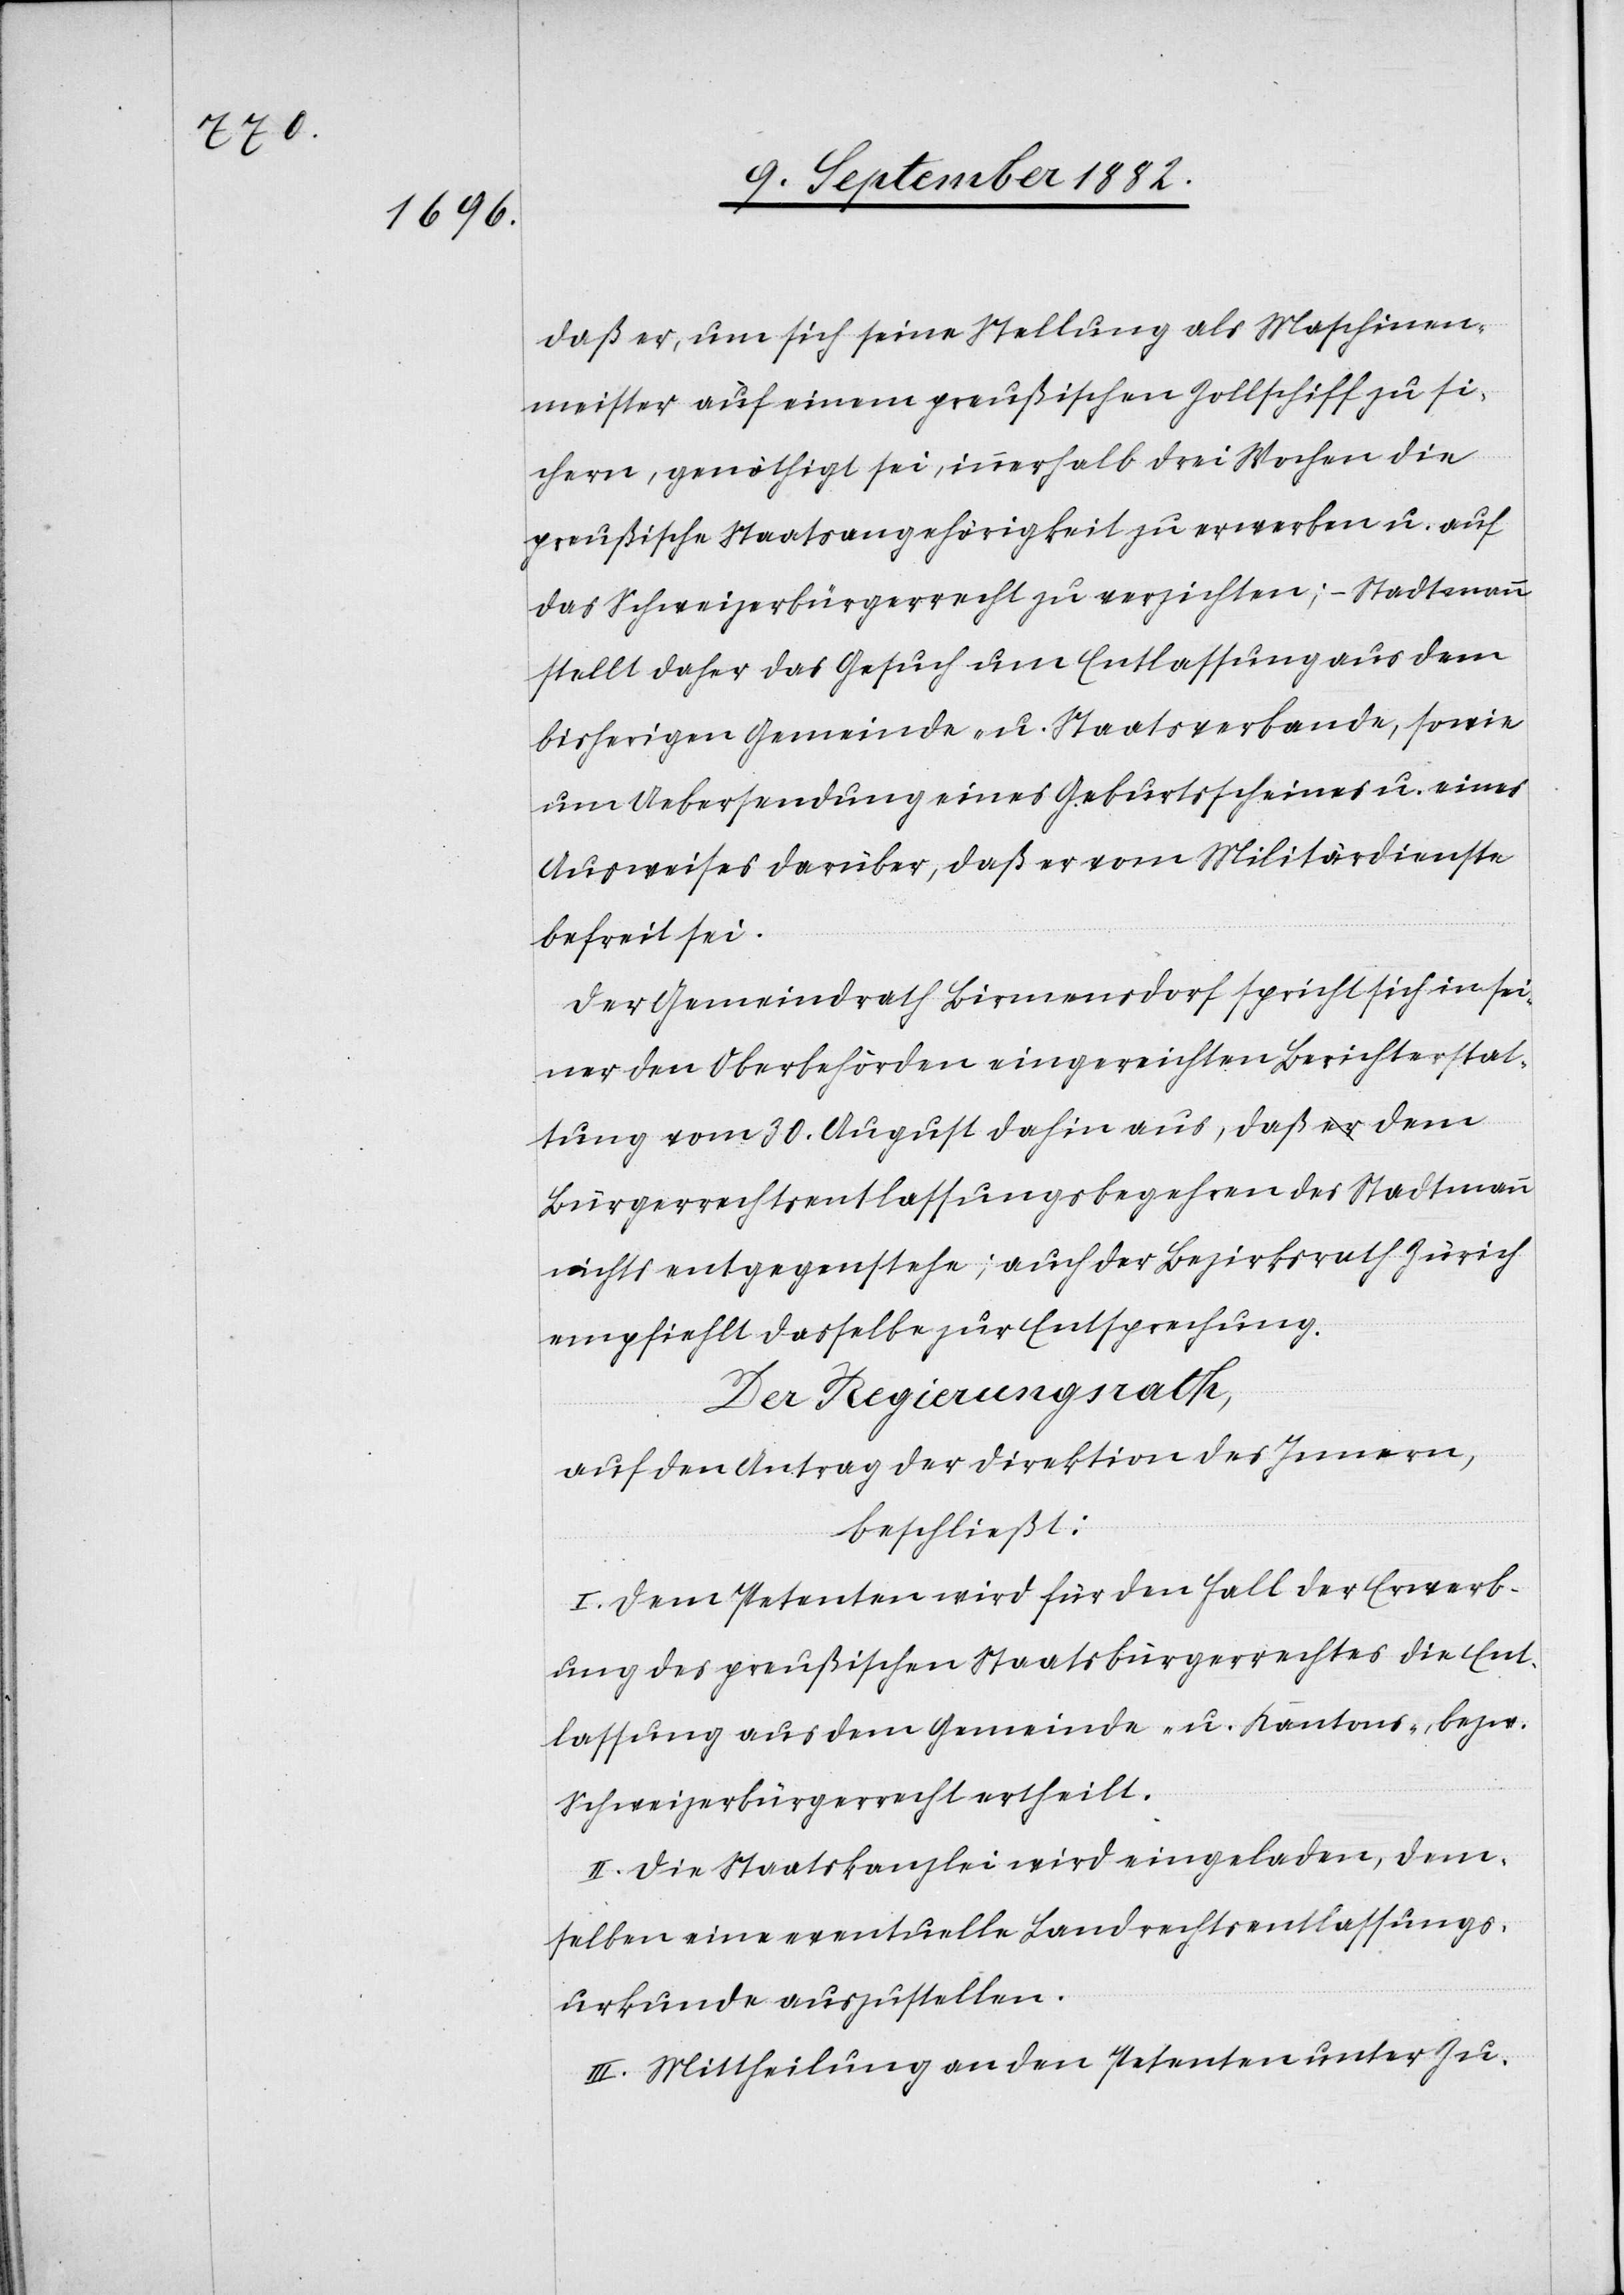
daß er, um sich seine Stellung als Maschinen¬
meister auf einem preußischen Zollschiff zu si¬
chern, genöthigt sei, innerhalb drei Wochen die
preußische Staatsangehörigkeit zu erwerben u. auf
das Schweizerbürgerrecht zu verzichten; – Stadtmann
stellt daher das Gesuch um Entlassung aus dem
bisherigen Gemeinde- u. Staatsverbande, sowie
um Uebersendung eines Geburtsscheines u. eines
Ausweises darüber, daß er vom Militärdienste
befreit sei.
Der Gemeindrath Birmensdorf spricht sich in sei¬
ner den Oberbehörden eingereichten Berichterstat¬
tung vom 30. August dahin aus, daß dem
Bürgerrechtsentlassungsbegehren des Stadtmann
nichts entgegenstehe; auch der Bezirksrath Zürich
empfiehlt dasselbe zur Entsprechung.
Der Regierungsrath,
auf den Antrag der Direktion des Innern,
beschließt:
I. Dem Petenten wird für den Fall der Erwerb¬
ung des preußischen Staatsbürgerrechtes die Ent¬
lassung aus dem Gemeinde- u. Kantons-, bezw.
Schweizerbürgerrecht ertheilt.
II. Die Staatskanzlei wird eingeladen, dem¬
selben eine eventuelle Landrechtsentlassungs¬
urkunde auszustellen.
III. Mittheilung an den Petenten unter Zu-